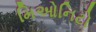
મિઓનિટો